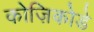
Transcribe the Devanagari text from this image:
कोज़िकोडे